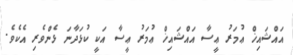
އައްޝައިޚް ޢުމަރު ޢީސާ އައްޝައިޚް ޢުމަރު ޢީސާ އަކީ ކުޅަދާނަ ޅެންވެރި އެކެވެ.